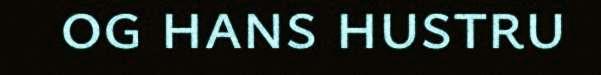
og hans hustru